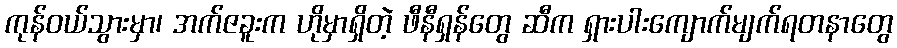
ကုန်ဝယ်သွားမှာ၊ အက်ဇခူးက ဟိုမှာရှိတဲ့ ဖီနီရှန်တွေ ဆီက ရှားပါးကျောက်မျက်ရတနာတွေ